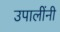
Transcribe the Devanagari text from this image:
उपालींनी